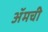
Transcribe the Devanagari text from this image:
ॲमची